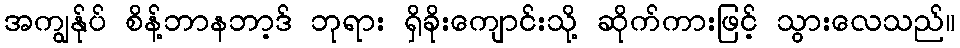
အကျွန်ုပ် စိန့်ဘာနဘာ့ဒ် ဘုရား ရှိခိုးကျောင်းသို့ ဆိုက်ကားဖြင့် သွားလေသည်။